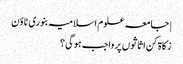
| جامعہ علوم اسلامیہ بنوری ٹاؤن
زکاۃ کن اثاثوں پر واجب ہوگی؟